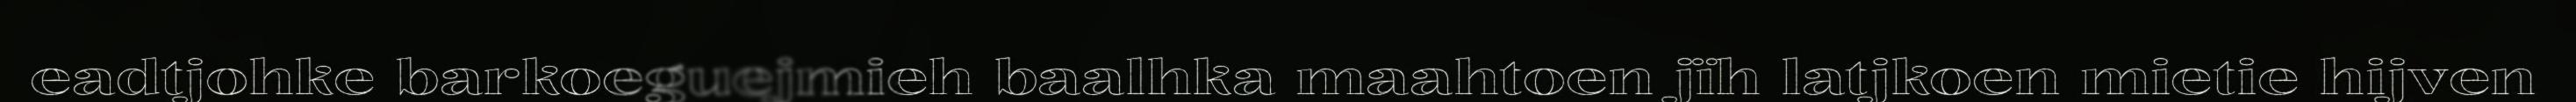
eadtjohke barkoeguejmieh baalhka maahtoen jïh latjkoen mietie hijven